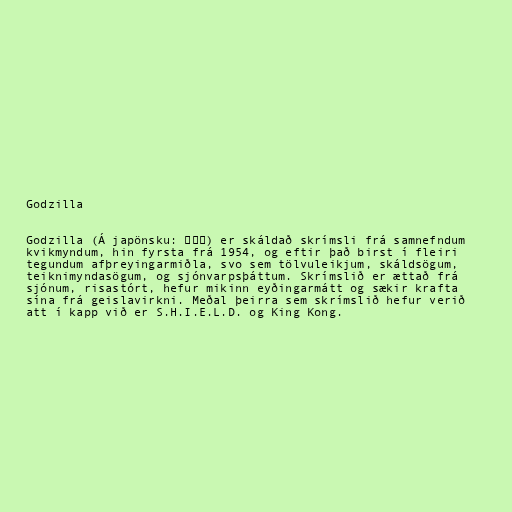
Godzilla

Godzilla (Á japönsku: ゴジラ) er skáldað skrímsli frá samnefndum
kvikmyndum, hin fyrsta frá 1954, og eftir það birst í fleiri
tegundum afþreyingarmiðla, svo sem tölvuleikjum, skáldsögum,
teiknimyndasögum, og sjónvarpsþáttum. Skrímslið er ættað frá
sjónum, risastórt, hefur mikinn eyðingarmátt og sækir krafta
sína frá geislavirkni. Meðal þeirra sem skrímslið hefur verið
att í kapp við er S.H.I.E.L.D. og King Kong.